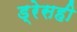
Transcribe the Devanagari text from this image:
ड्रेसही